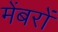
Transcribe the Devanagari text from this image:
मेंबरों